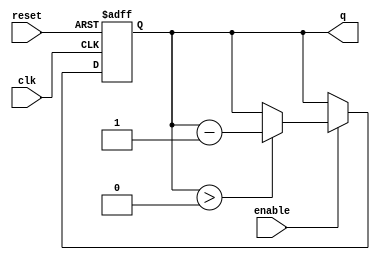
module binary_down_counter #(
    parameter N = 4  // Parameter for the number of bits
)(
    input wire clk,       // Clock input
    input wire reset,     // Active high reset
    input wire enable,    // Enable signal
    output reg [N-1:0] q // n-bit output count
);

// Maximum value for the counter (2^N - 1)
localparam MAX_COUNT = (1 << N) - 1;

always @(posedge clk or posedge reset) begin
    if (reset) begin
        // Reset the counter to maximum value
        q <= MAX_COUNT;
    end else if (enable) begin
        // Decrement the counter if enabled
        if (q > 0) begin
            q <= q - 1;
        end
        // If q is already 0, it remains at 0
    end
end

endmodule